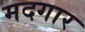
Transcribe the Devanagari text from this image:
मदगार